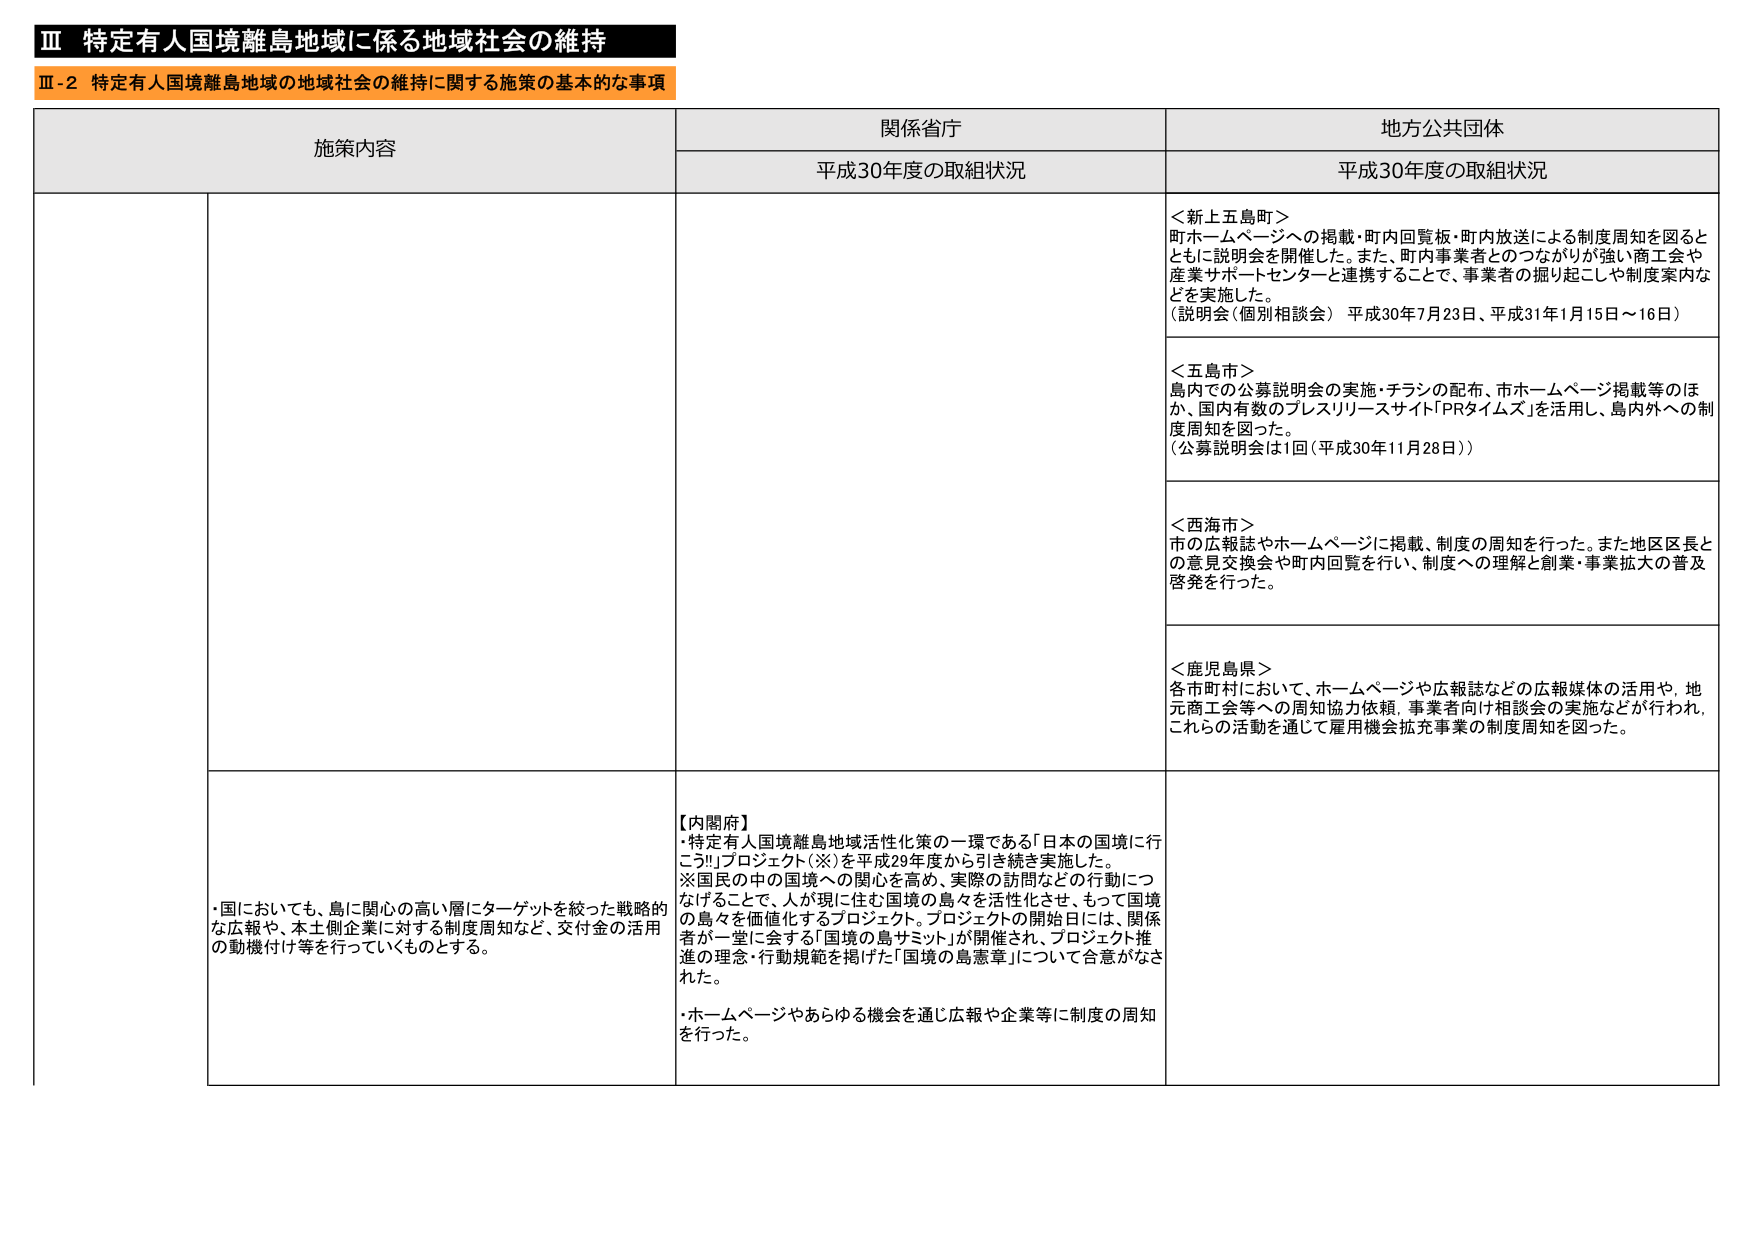
Ⅲ 特定有人国境離島地域に係る地域社会の維持
Ⅲ-2 特定有人国境離島地域の地域社会の維持に関する施策の基本的な事項

施策内容
関係省庁
地方公共団体

平成30年度の取組状況
平成30年度の取組状況

＜新上五島町＞
町ホームページへの掲載・町内回覧板・町内放送による制度周知を図るとともに説明会を開催した。また、町内事業者とのつながりが強い商工会や産業サポートセンターと連携することで、事業者の掘り起こしや制度案内などを実施した。
（説明会（個別相談会） 平成30年7月23日、平成31年1月15日～16日）

＜五島市＞
島内での公募説明会の実施・チラシの配布、市ホームページ掲載等のほか、国内有数のプレスリリースサイト「PRタイムズ」を活用し、島内外への制度周知を図った。
（公募説明会は1回（平成30年11月28日））

＜西海市＞
市の広報誌やホームページに掲載、制度の周知を行った。また地区区長との意見交換会や町内回覧を行い、制度への理解と創業・事業拡大の普及啓発を行った。

＜鹿児島県＞
各市町村において、ホームページや広報誌などの広報媒体の活用や、地元商工会等への周知協力依頼、事業者向け相談会の実施などが行われ、これららの活動を通じて雇用機会拡充事業の制度周知を図った。

・国においても、島に関心の高い層にターゲットを絞った戦略的な広報や、本土側企業に対する制度周知など、交付金の活用の動機付け等を行っていくものとする。

【内閣府】
・特定有人国境離島地域活性化策の一環である「日本の国境に行こう！」プロジェクト（※）を平成29年度から引き続き実施した。
※国民の中の国境への関心を高め、実際の訪問などの行動につなげることで、人が現に住む国境の島々を活性化させ、もって国境の島々を価値化するプロジェクト。プロジェクトの開始日には、関係者が一堂に会する「国境の島サミット」が開催され、プロジェクト推進の理念・行動規範を掲げた「国境の島憲章」について合意がなされた。
・ホームページやあらゆる機会を通じ広報や企業等に制度の周知を行った。